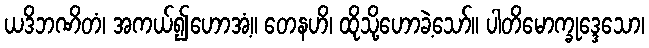
ယဒိဘဏိတံ၊ အကယ်၍ဟောအံ့။ တေနဟိ၊ ထိုသို့ဟောခဲ့သော်။ ပါတိမောက္ခုဒ္ဒေသော၊